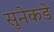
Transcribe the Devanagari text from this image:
सुनेकडे